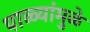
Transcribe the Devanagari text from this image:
पाळ्यांमुळे